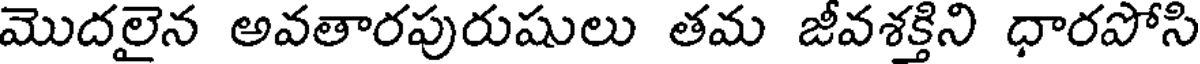
మొదలైన అవతారపురుషులు తమ జీవశక్తిని ధారపోసి